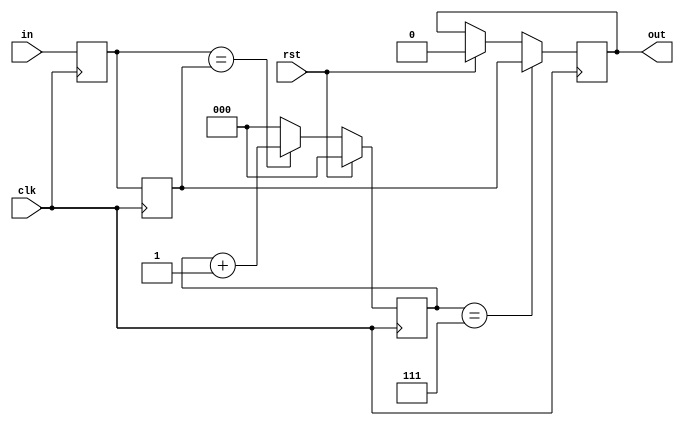
module cross_clock_reader
    #(
        parameter WIDTH = 1,
        parameter DEFAULT = 0
    )
    (
        input clk, input rst,
        input [WIDTH-1:0] in,
        output reg [WIDTH-1:0] out
    );

    reg [WIDTH-1:0] shadow0, shadow1;
    reg [2:0] count;

    always @(posedge clk) begin
        if (rst) begin
            out <= DEFAULT;
            shadow0 <= DEFAULT;
            shadow1 <= DEFAULT;
            count <= 0;
        end
        else if (shadow0 == shadow1) count <= count + 1;
        else count <= 0;
        shadow0 <= in;
        shadow1 <= shadow0;
        if (count == 3'b111) out <= shadow1;
    end

endmodule